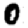
Digit: 0